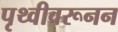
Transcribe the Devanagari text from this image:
पृथ्वीवरूनन